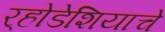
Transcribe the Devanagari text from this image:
र्‍होडेशियाचे